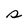
Character: s